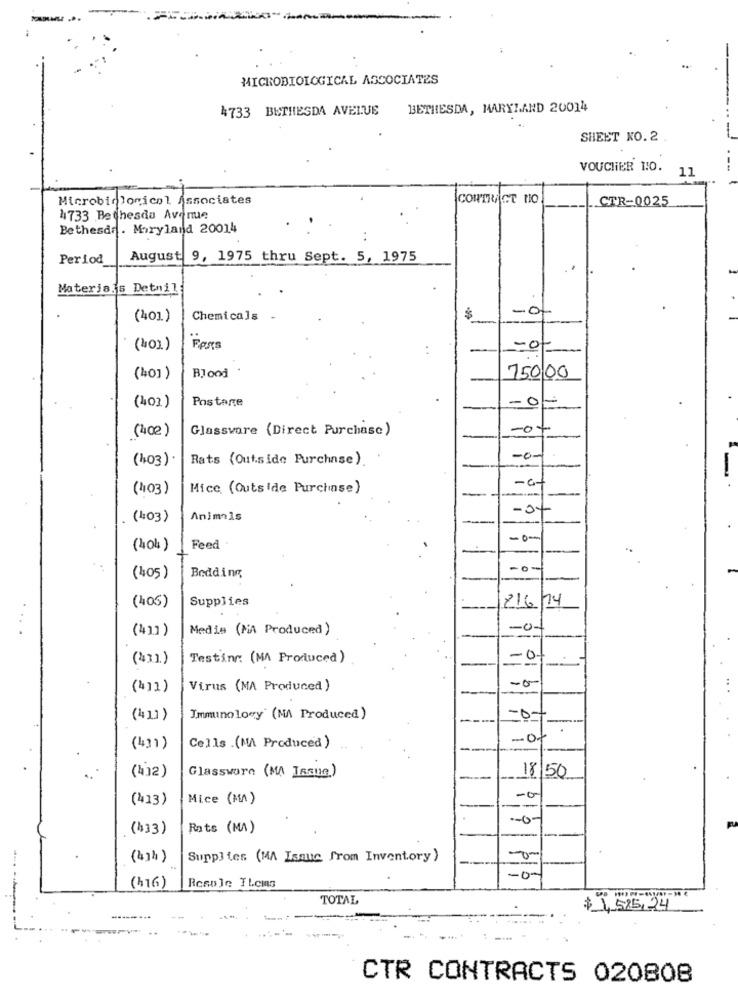
MICROBIOLOGICAL ASSOCIATES
4733 BETHESDA AVELUE
BETHESDA, MARYLAND 20014
SHEET NO.2
VOUCHER 1:0.
11
Microbiological Associates
CONTRACT NO
CTR-0025
4733 Bethesda Avenue
Bethesda. Maryland 20014
..
Period
August 9, 1975 thru Sept. 5, 1975
Materiais Detnil
-0
(401.)
Chemicals .
(40).)
-0
(40))
Blood
750 00
Postare
-0-
(401)
01
(400)
Glassware (Direct Purchase)
-0+
(403)
Rats (Outside Purchase).
-0-
(403)
Mice (Outside Purchase)
-a-
-0-
(403)
Animals
-0-
(404 )
Feed
Bedding
-O
(405)
(405)
Supplies
2/6/14
(41])
Medis (MA Produced )
-0-
...
(43])
Testing: (MA Produced)
-0
-0
(4)1)
Virus (MA Produced )
(41))
Immunology (MA Produced)
=0-
(43)
Cells .(MA Produced)
(412)
Glassware (MA Issue)
18/50
--
(413)
Mice (MA)
-0
--
(433)
Rats (MA)
(4)%)
Supplies (MA Isque from Inventory )
-0-
(416)
Resole TLeis
TOTAL
$ 1,585,24
CTR CONTRACTS 020808